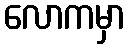
လောကမှာ